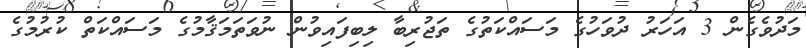
މަދުވެގެން 3 އަހަރު ދުވަހުގެ މަސައްކަތުގެ ތަޖުރިބާ ލިބިފައިވުން ނުވަތަމަޤާމުގެ މަސައްކަތް ކުރުމުގެ